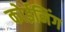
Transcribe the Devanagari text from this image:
कोईनिंग